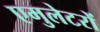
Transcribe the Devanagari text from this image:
एमुलेटरों